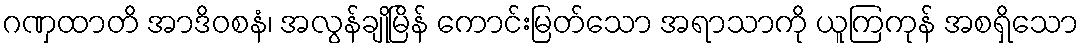
ဂဏှထာတိ အာဒိဝစနံ၊ အလွန်ချိုမြိန် ကောင်းမြတ်သော အရာသာကို ယူကြကုန် အစရှိသော